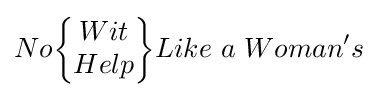
No{\begin{Bmatrix}Wit\\Help\end{Bmatrix}}Like~a~Woman's